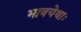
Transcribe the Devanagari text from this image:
भावयेथाः